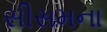
સીસમના